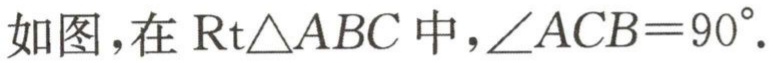
如图，在$\text{Rt}\triangle ABC$中，$\angle ACB = 90^{\circ}$.